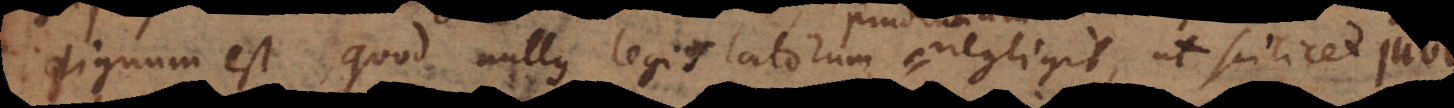
dignum est quod nullus legislatorum negligit, ut scilicet juben